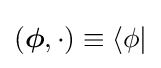
({\boldsymbol {\phi }},\cdot )\equiv \langle \phi |